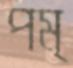
পম্